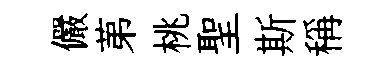
儼苐桃聖斯稱